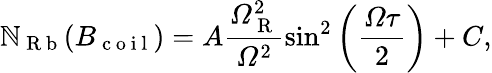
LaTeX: \mathbb{N}_{\mathrm{{~R~b~}}}(B_{\mathrm{{~c~o~i~l~}}})=A\frac{{\mathit{{\Omega}}_{\mathrm{{~R~}}}^{2}}}{{\mathit{{\Omega}}^{2}}}\sin^{2}\left(\frac{{\mathit{{\Omega}}\mathit{{\tau}}}}{{2}}\right)+C,